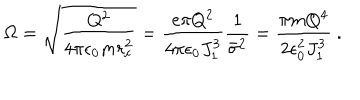
\Omega = \sqrt { \frac { Q ^ { 2 } } { 4 \pi \epsilon _ { 0 } m r _ { c } ^ { 2 } } } = { \frac { e \pi Q ^ { 2 } } { 4 \pi \epsilon _ { 0 } J _ { 1 } ^ { 3 } } } { \frac { 1 } { { \bar { \sigma } } ^ { 2 } } } = { \frac { \pi m Q ^ { 4 } } { 2 \epsilon _ { 0 } ^ { 2 } J _ { 1 } ^ { 3 } } } ~ .